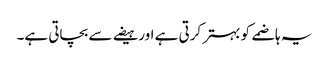
یہ ہاضمے کو بہتر کرتی ہے اور ہیضے سے بچاتی ہے۔